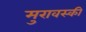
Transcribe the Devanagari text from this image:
मुरावस्की